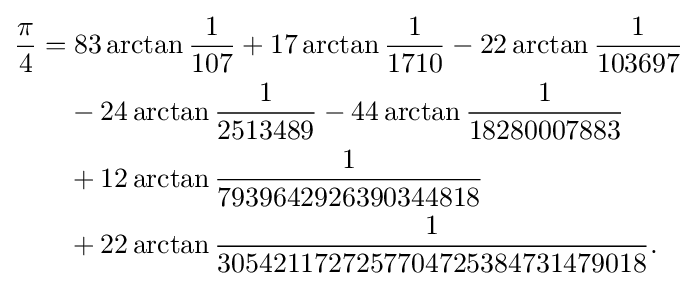
{\begin{aligned}{\frac {\pi }{4}}=&\;83\arctan {\frac {1}{107}}+17\arctan {\frac {1}{1710}}-22\arctan {\frac {1}{103697}}\\&-24\arctan {\frac {1}{2513489}}-44\arctan {\frac {1}{18280007883}}\\&+12\arctan {\frac {1}{7939642926390344818}}\\&+22\arctan {\frac {1}{3054211727257704725384731479018}}.\\\end{aligned}}